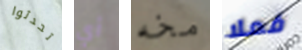
تحدثوا أي مخه فعلا